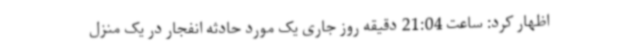
اظهار کرد: ساعت 21:04 دقیقه روز جاری یک مورد حادثه انفجار در یک منزل